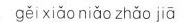
gěixiǎo niǎo zhǎo jiā